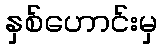
နှစ်ဟောင်းမှ